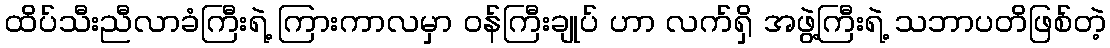
ထိပ်သီးညီလာခံကြီးရဲ့ ကြားကာလမှာ ဝန်ကြီးချုပ် ဟာ လက်ရှိ အဖွဲ့ကြီးရဲ့ သဘာပတိဖြစ်တဲ့